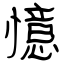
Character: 憶